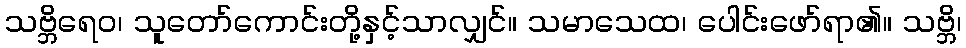
သဗ္ဘိရေဝ၊ သူတော်ကောင်းတို့နှင့်သာလျှင်။ သမာသေထ၊ ပေါင်းဖော်ရာ၏။ သဗ္ဘိ၊